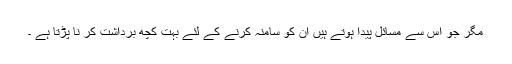
مگر جو اس سے مسائل پیدا ہوتے ہیں ان کو سامنہ کرنے کے لئے بہت کچھ برداشت کر نا پڑتا ہے ۔